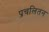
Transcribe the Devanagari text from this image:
प्रचलितन